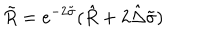
\tilde { R } = e ^ { - 2 \tilde { \sigma } } ( \hat { R } + 2 \hat { \Delta } \tilde { \sigma } )